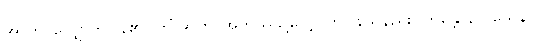
အာဟ၊ လျှောက်ပြန်၏။ ကိံအာဟ၊ အဘယ်သို့လျှောက်ပြန်သနည်း။ ဘန္တေ နာဂသေနာ၊